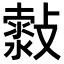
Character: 𣀍